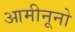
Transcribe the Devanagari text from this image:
आमीनूनो